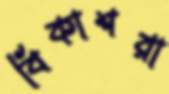
বিকাশরা